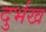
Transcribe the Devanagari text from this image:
दुर्भख